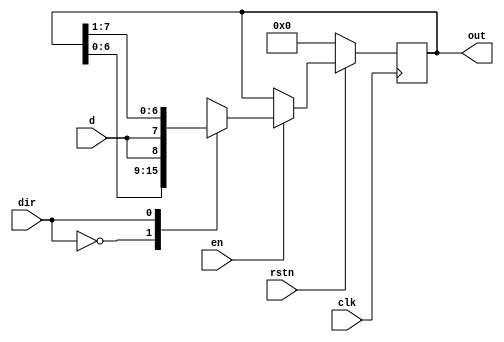
module shift_reg  #(parameter MSB=8) (  input d,               // Declare input for data to the first flop in the shift register  
                                        input clk,                    // Declare input for the clock to all flops in the shift register   
                                        input en,                     // Declare input for enable to switch the shift register on/off  
                                        input dir,                    // Declare input to shift in either left or right direction  
                                        input rstn,                   // Declare input to reset the register to a default value  
                                        output reg [MSB-1:0] out);    // Declare output to read out the current value of all flops in this register  
  
  
   // This always block will "always" be triggered on the rising edge of the clock   
   // Once it enters the block, it will first check to see if reset is 0 and if yes, then reset register   
   // If no, then check to see if the shift register is enabled  
   // If no => maintain previous output. If yes, then shift based on the requested direction  
  
   always @ (posedge clk)  
      if (!rstn)  
         out <= 0;  
      else begin  
         if (en)  
            case (dir)  
               0 :  out <= {out[MSB-2:0], d};  
               1 :  out <= {d, out[MSB-1:1]};  
            endcase  
         else  
            out <= out;  
      end  
endmodule